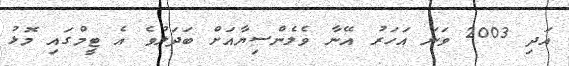
އަދި 2003 ވަނަ އަހަރު އޭނާ ވެލެންސިޔާއަށް ބަދަލުވެ އެ ޓީމްގައި މޮޅު